Civil Veterinary Department. Madras. Admin. report 1926-33 - 1926-1933
Year: 1926
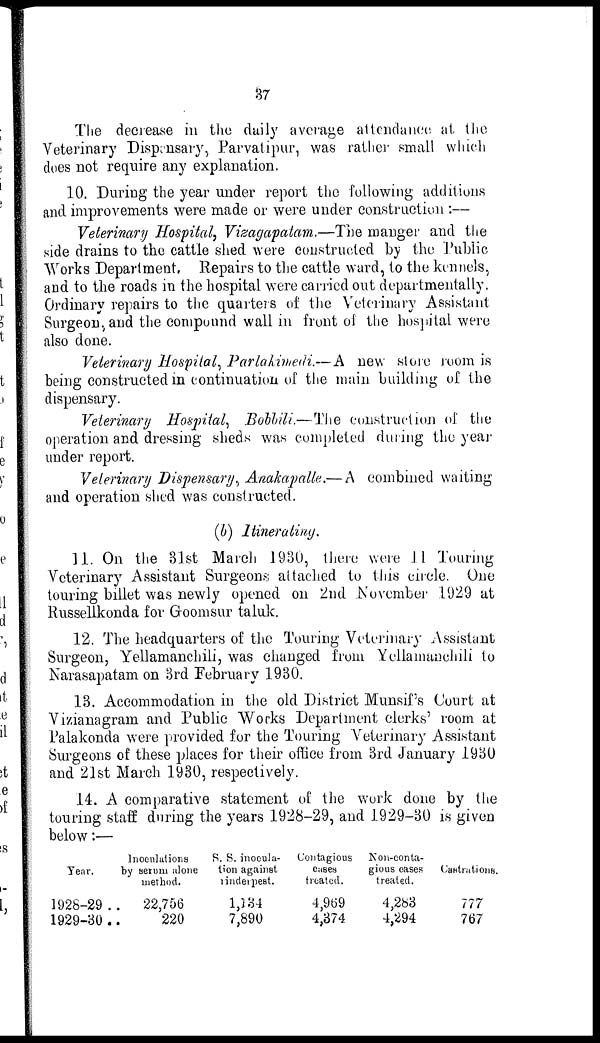
37
The decrease in the daily average attendance at the
Veterinary Dispensary, Parvatipur, was rather small which
does not require any explanation.
10. During the year under report the following additions
and improvements were made or were under construction :—
Veterinary Hospital, Vizagapatam.—The manger and the
side drains to the cattle shed were constructed by the Public
Works Department. Repairs to the cattle ward, to the kennels,
and to the roads in the hospital were carried out departmentally.
Ordinary repairs to the quarters of the Veterinary Assistant
Surgeon, and the compound wall in front of the hospital were
also done.
Veterinary Hospital, Parlakimedi.—A new store room is
being constructed in continuation of the main building of the
dispensary.
Veterinary Hospital, Bobbili.—The construction of the
operation and dressing sheds was completed during the year
under report.
Veterinary Dispensary, Anakapalle.—A combined waiting
and operation shed was constructed.
(b) Itinerating.
11. On the 31st March 1930, there were 11 Touring
Veterinary Assistant Surgeons attached to this circle. One
touring billet was newly opened on 2nd November 1929 at
Russellkonda for Goomsur taluk.
12. The headquarters of the Touring Veterinary Assistant
Surgeon, Yellamanchili, was changed from Yellamanchili to
Narasapatam on 3rd February 1930.
13. Accommodation in the old District Munsif's Court at
Vizianagram and Public Works Department clerks' room at
Palakonda were provided for the Touring Veterinary Assistant
Surgeons of these places for their office from 3rd January 1930
and 21st March 1930, respectively.
14. A comparative statement of the work done by the
touring staff during the years 1928-29, and 1929-30 is given
below:—
Year.
1928-29 ..
1929-30 ..
Inoculations
by serum alone
method.
22,756
220
S. S. inocula-
tion against
rinderpest.
1,134
7,890
Contagious
cases
treated.
4,969
4,374
Non-conta-
gious cases
treated.
4,283
4,294
Castrations.
777
767